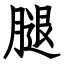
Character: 腿